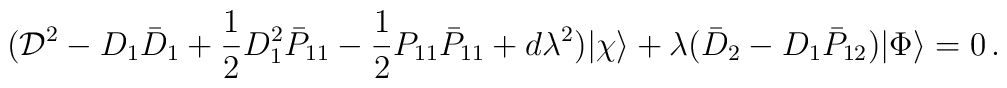
({\cal D}^2-D_1\bar{D}_1+\frac{1}{2}D_1^2\bar{P}_{11}-\frac{1}{2}P_{11}\bar{P}_{11} +  d\lambda^2)|\chi\rangle+\lambda(\bar{D}_2-D_1\bar{P}_{12})|\Phi\rangle=0\,.